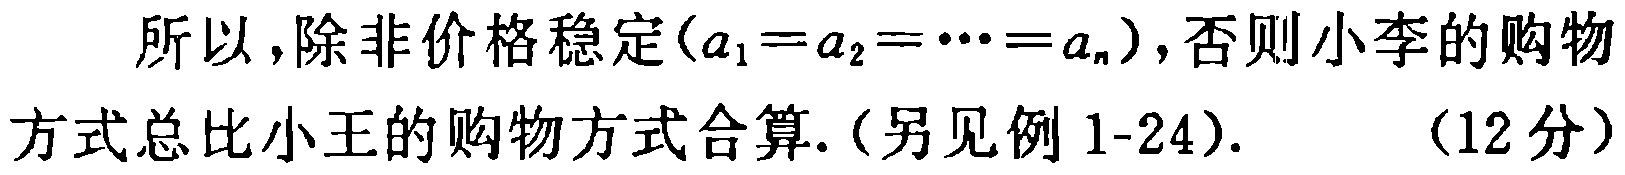
所以，除非价格稳定（\(a_1 = a_2 = \cdots = a_n\)），否则小李的购物方式总比小王的购物方式合算.（另见例 1-24）. （12 分）